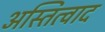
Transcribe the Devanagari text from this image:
अस्तित्वाद